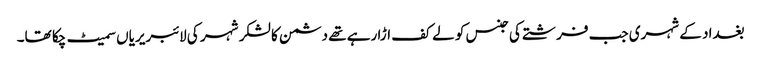
بغداد کے شہری جب فرشتے کی جنس کو لے کف اڑا رہے تھے دشمن کا لشکر شہر کی لائبریریاں سمیٹ چکا تھا۔